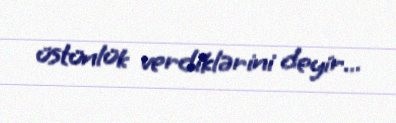
üstünlük verdiklərini deyir...